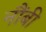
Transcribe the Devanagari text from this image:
नौंबी